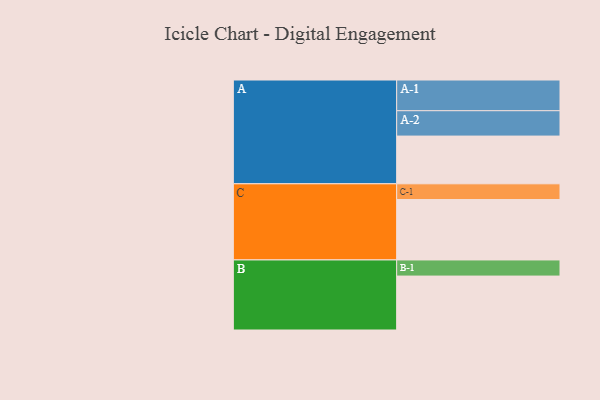
{"axis": {"x": "Segment", "y": "Value"}, "legend": ["", "A", "B", "C"], "data": [{"x": "A", "y": 376, "type": ""}, {"x": "B", "y": 425, "type": ""}, {"x": "C", "y": 476, "type": ""}, {"x": "A-1", "y": 242, "type": "A"}, {"x": "A-2", "y": 200, "type": "A"}, {"x": "B-1", "y": 127, "type": "B"}, {"x": "C-1", "y": 124, "type": "C"}]}